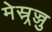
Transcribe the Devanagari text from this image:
मेस्र्रज्जु